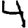
Digit: 4